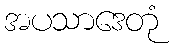
အပသာဒေတုံ